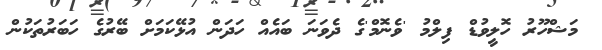
މަޝްހޫރު ހޮލީވުޑް ފިލްމު 'ވެނޮމް'ގެ ދެވަނަ ބައެއް ހަދަން އުޅޭކަމަށް ބޭރުގެ ހަބަރުތަކުން